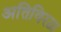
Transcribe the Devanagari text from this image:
अतिविरळ